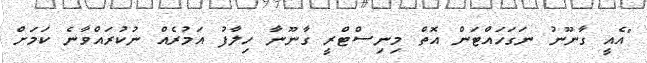
"އެއީ ގާނޫނު ނަގަހައްޓަން އޮތް މިނިސްޓްރީ ގާނޫނާ ހިލާފު އަމުރެއް ނުކުރައްވާނެ ކަމަށް